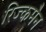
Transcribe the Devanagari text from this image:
रिज्कमैन